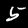
Digit: 5